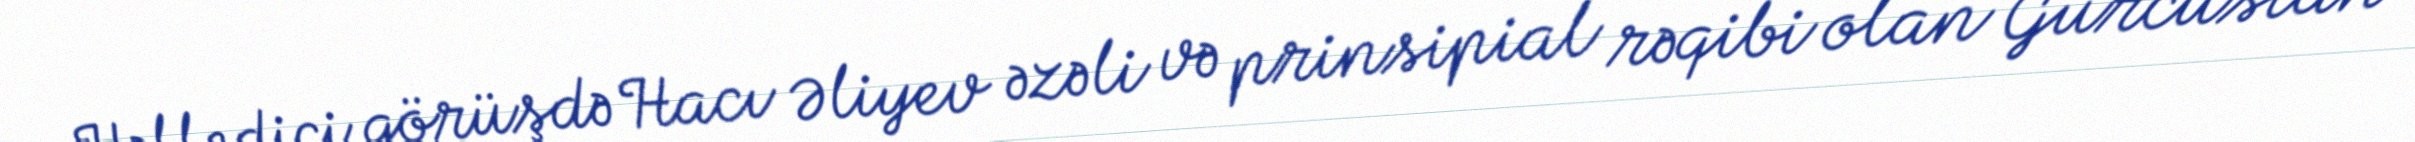
Həlledici görüşdə Hacı Əliyev əzəli və prinsipial rəqibi olan Gürcüstan